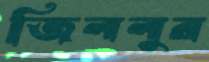
জিললুর